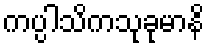
ကပ္ပါသိကသုခုမာနိ